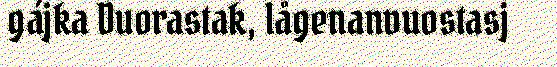
gájka Duorastak, lågenanvuostasj